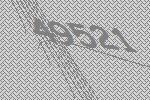
49521